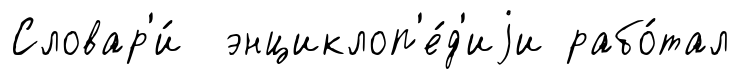
Словар'и́ энциклоп'е́д'иjи рабо́тал